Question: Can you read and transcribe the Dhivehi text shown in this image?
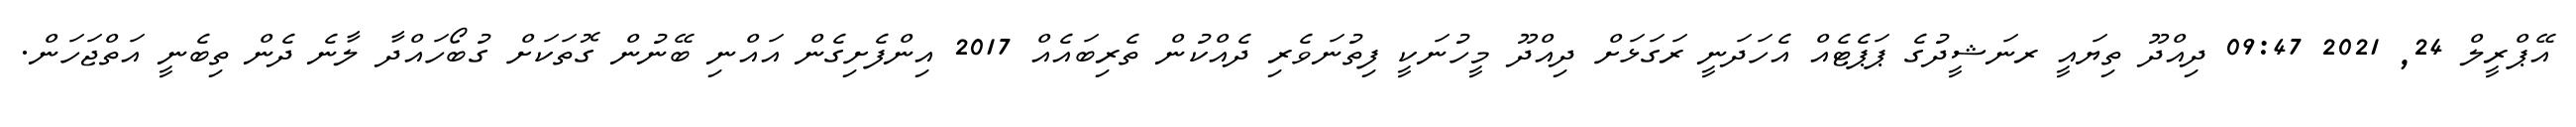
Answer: އޭޕްރީލް 24, 2021 09:47 ދިއްދޫ ތިޔައީ ރނަޝީދުގެ ޕަޕެޓެއް އެހަދަނީ ރަގަޅަށް ދިއްދޫ މީހުނަކީ ފިތުނަވެރި ދެއްކުން ތެރިބައެއް 2017 އިންފެށިގެން އައްނި ބޭނުން ގޮތަކަށް ގުބޯހައްދާ ލާނެ ދެން ތިބެނީ އަތްޖަހަން.